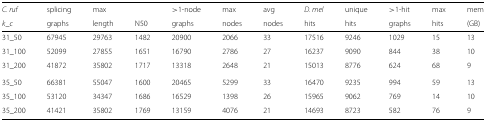
<table><thead><tr><td><b><i>C. ruf</i></b></td><td><b>splicing</b></td><td><b>max</b></td><td></td><td><b>&gt;1-node</b></td><td><b>max</b></td><td><b>avg</b></td><td><b><i>D. mel</i></b></td><td><b>unique</b></td><td><b>&gt;1-hit</b></td><td><b>max</b></td><td><b>mem</b></td></tr><tr><td><b><i>k</i>_<i>c</i></b></td><td><b>graphs</b></td><td><b>length</b></td><td><b>N50</b></td><td><b>graphs</b></td><td><b>nodes</b></td><td><b>nodes</b></td><td><b>hits</b></td><td><b>hits</b></td><td><b>graphs</b></td><td><b>hits</b></td><td><b>(GB)</b></td></tr></thead><tbody><tr><td>31_50</td><td>67945</td><td>29763</td><td>1482</td><td>20900</td><td>2066</td><td>33</td><td>17516</td><td>9246</td><td>1029</td><td>15</td><td>13</td></tr><tr><td>31_100</td><td>52099</td><td>27855</td><td>1651</td><td>16790</td><td>2786</td><td>27</td><td>16237</td><td>9090</td><td>844</td><td>38</td><td>10</td></tr><tr><td>31_200</td><td>41872</td><td>35802</td><td>1717</td><td>13318</td><td>2648</td><td>21</td><td>15013</td><td>8776</td><td>624</td><td>68</td><td>9</td></tr><tr><td>35_50</td><td>66381</td><td>55047</td><td>1600</td><td>20465</td><td>5299</td><td>33</td><td>16470</td><td>9235</td><td>994</td><td>59</td><td>13</td></tr><tr><td>35_100</td><td>53120</td><td>34347</td><td>1686</td><td>16529</td><td>1398</td><td>26</td><td>15965</td><td>9062</td><td>769</td><td>14</td><td>10</td></tr><tr><td>35_200</td><td>41421</td><td>35802</td><td>1769</td><td>13159</td><td>4076</td><td>21</td><td>14693</td><td>8723</td><td>582</td><td>76</td><td>9</td></tr></tbody></table>